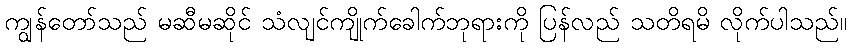
ကျွန်တော်သည် မဆီမဆိုင် သံလျင်ကျိုက်ခေါက်ဘုရားကို ပြန်လည် သတိရမိ လိုက်ပါသည်။